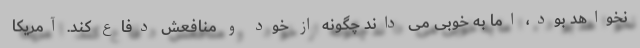
نخواهد بود، اما به خوبی می داند چگونه از خود و منافعش دفاع کند. آمریکا